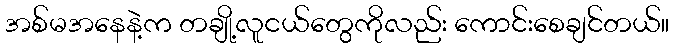
အစ်မအနေနဲ့က တချို့လူငယ်တွေကိုလည်း ကောင်းစေချင်တယ်။